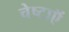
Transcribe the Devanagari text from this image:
चेष्टाऍं